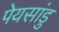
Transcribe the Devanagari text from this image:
पेयसांडु